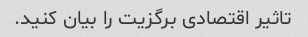
تاثیر اقتصادی برگزیت را بیان کنید.